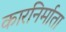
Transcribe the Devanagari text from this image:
कारनिर्माता